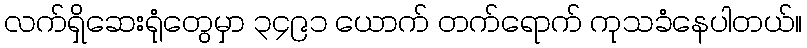
လက်ရှိဆေးရုံတွေမှာ ၃၄၉၁ ယောက် တက်ရောက် ကုသခံနေပါတယ်။